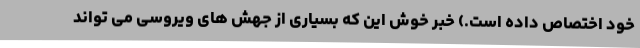
خود اختصاص داده است.) خبر خوش این که بسیاری از جهش های ویروسی می تواند